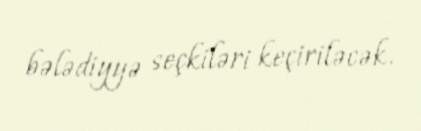
bələdiyyə seçkiləri keçiriləcək.